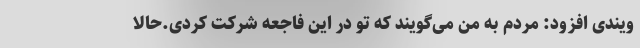
ویندی افزود: مردم به من می‌گویند که تو در این فاجعه شرکت کردی.حالا